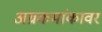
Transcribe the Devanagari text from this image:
अग्रकमांकावर